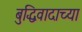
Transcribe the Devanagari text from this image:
बुद्धिवादाच्या